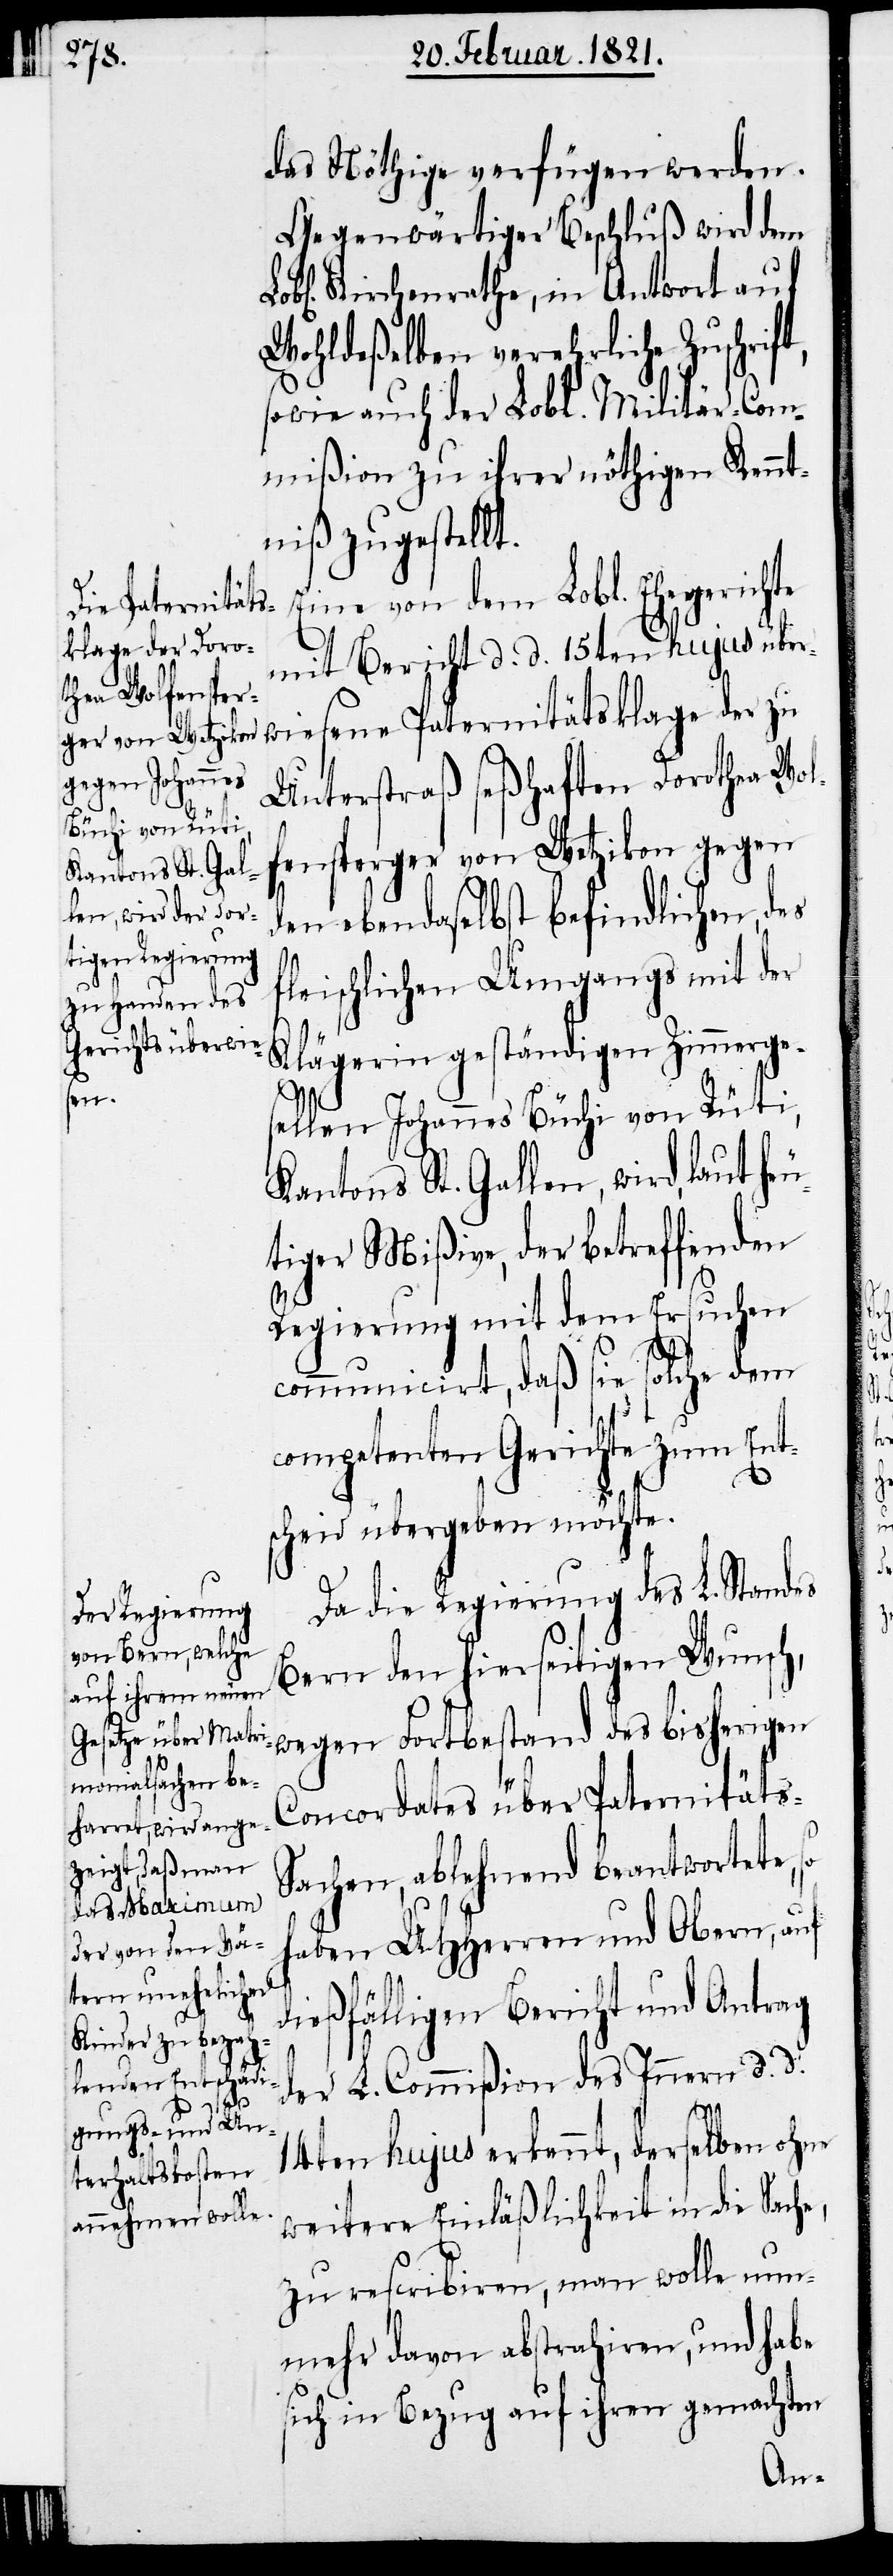
das Nöthige verfügen werden.
Gegenwärtiger Beschluß wird dem
Lobl. Kirchenrathe, in Antwort auf
Wohldeßelben verehrliche Zuschrift,
sowie auch der Lobl. Militär-Com¬
mißion zu ihrer nöthigen Kennt¬
niß zugestellt.
Eine von dem Lobl. Ehegerichte
e Paternitäts¬
klage der zu
mit Bericht d. d. 15ten hujus über¬
Unterstraß seßhaften Dorothea Wol¬
fensperger von Wetzikon gegen
den ebendaselbst befindlichen, des
fleischlichen Umgangs mit der
Klägerin geständigen Zimmerge¬
sen¬
sellen Johannes Büchi von Rüti,
Kantons St. Gallen, wird, laut heu¬
tiger Mißive, der betreffenden
Regierung mit dem Ersuchen
communicirt, daß sie solche dem
competenten Gerichte zum Ent¬
scheid übergeben möchte.
Da die Regierung des L. Standes
Bern den hierseitigen Wunsch,
wegen Fortbestand des bisherigen
Concordates über Paternitäts-S¬
achen, ablehnend beantwortete,
haben UHHerren und Obern, auf
dießfälligen Bericht und Antrag
der L. Commißion des Innern d. d.
14ten hujus erkennt, derselben ohne
weitere Einläßlichkeit in die Sache,
zu rescribiren, man wolle nun¬
mehr davon abstrahiren, und habe
sich in Bezug auf ihren gemachten